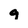
Character: 9